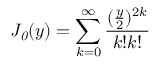
{ \it J _ { 0 } } ( y ) = \sum _ { k = 0 } ^ { \infty } \frac { ( \frac { y } { 2 } ) ^ { 2 k } } { k ! k ! }